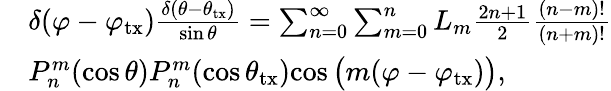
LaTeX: \begin{array}{rl}&{{\delta(\varphi-{\varphi_{\mathrm{tx}}})}\frac{{\delta(\theta-{\theta_{\mathrm{tx}}})}}{{\sin\theta}}=\sum_{n=0}^{\infty}\sum_{m=0}^{n}L_{m}\frac{{2n+1}}{2}\frac{{(n-m)!}}{{(n+m)!}}}\\ &{{P_{n}^{m}(\cos\theta)P_{n}^{m}(\cos{\theta_{\mathrm{tx}}})}{\cos\big(m(\varphi-\varphi_{\mathrm{tx}})\big)},}\end{array}